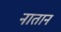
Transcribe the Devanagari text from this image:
नातान